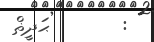
:       ޙަދީޡް